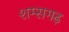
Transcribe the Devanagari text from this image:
शम्सगढ़